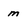
Character: m